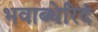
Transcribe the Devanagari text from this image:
भवाब्धेरिदं